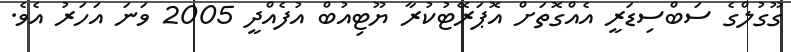
ގޫގުލްގެ ސަބްސިޑަރީ އެއްގޮތަށް އޮޕަރޭޓުކުރާ ޔޫޓިއުބް އުފެއްދީ 2005 ވަނަ އަހަރު އެވެ.